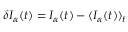
\delta I _ { \alpha } ( t ) = I _ { \alpha } ( t ) - \langle I _ { \alpha } ( t ) \rangle _ { t }